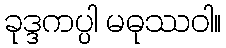
ခုဒ္ဒကပ္ပါ မဓုဿဝါ။